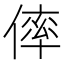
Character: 𠌭